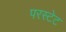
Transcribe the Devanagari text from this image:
परस्टेट